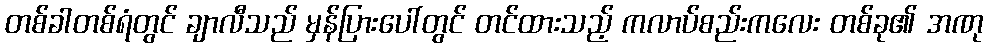
တစ်ခါတစ်ရံတွင် ချာလီသည် မှန်ပြားပေါ်တွင် တင်ထားသည့် ကလာပ်စည်းကလေး တစ်ခု၏ အဏု